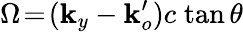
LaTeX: \Omega\! =\! (\mathbf{k}_{y}-\mathbf{k}_{o}^{\prime})c\; \mathrm{{tan}}\, \theta